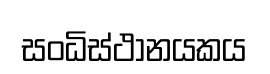
සංධිස්ථානයකය